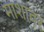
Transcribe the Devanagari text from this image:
माशावर